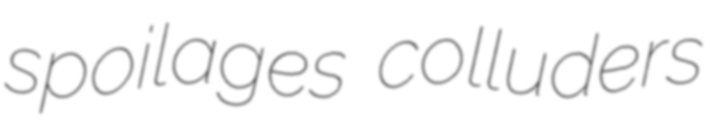
spoilages colluders